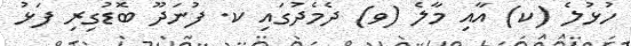
ހުޅުލެ (ކ) އާއި މާލެ (ވ) ދެމެދުގައި ކ. ފުނަދޫ ބޮޑުގިރި ފަޅު